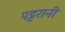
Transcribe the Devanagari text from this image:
पट्टरानी